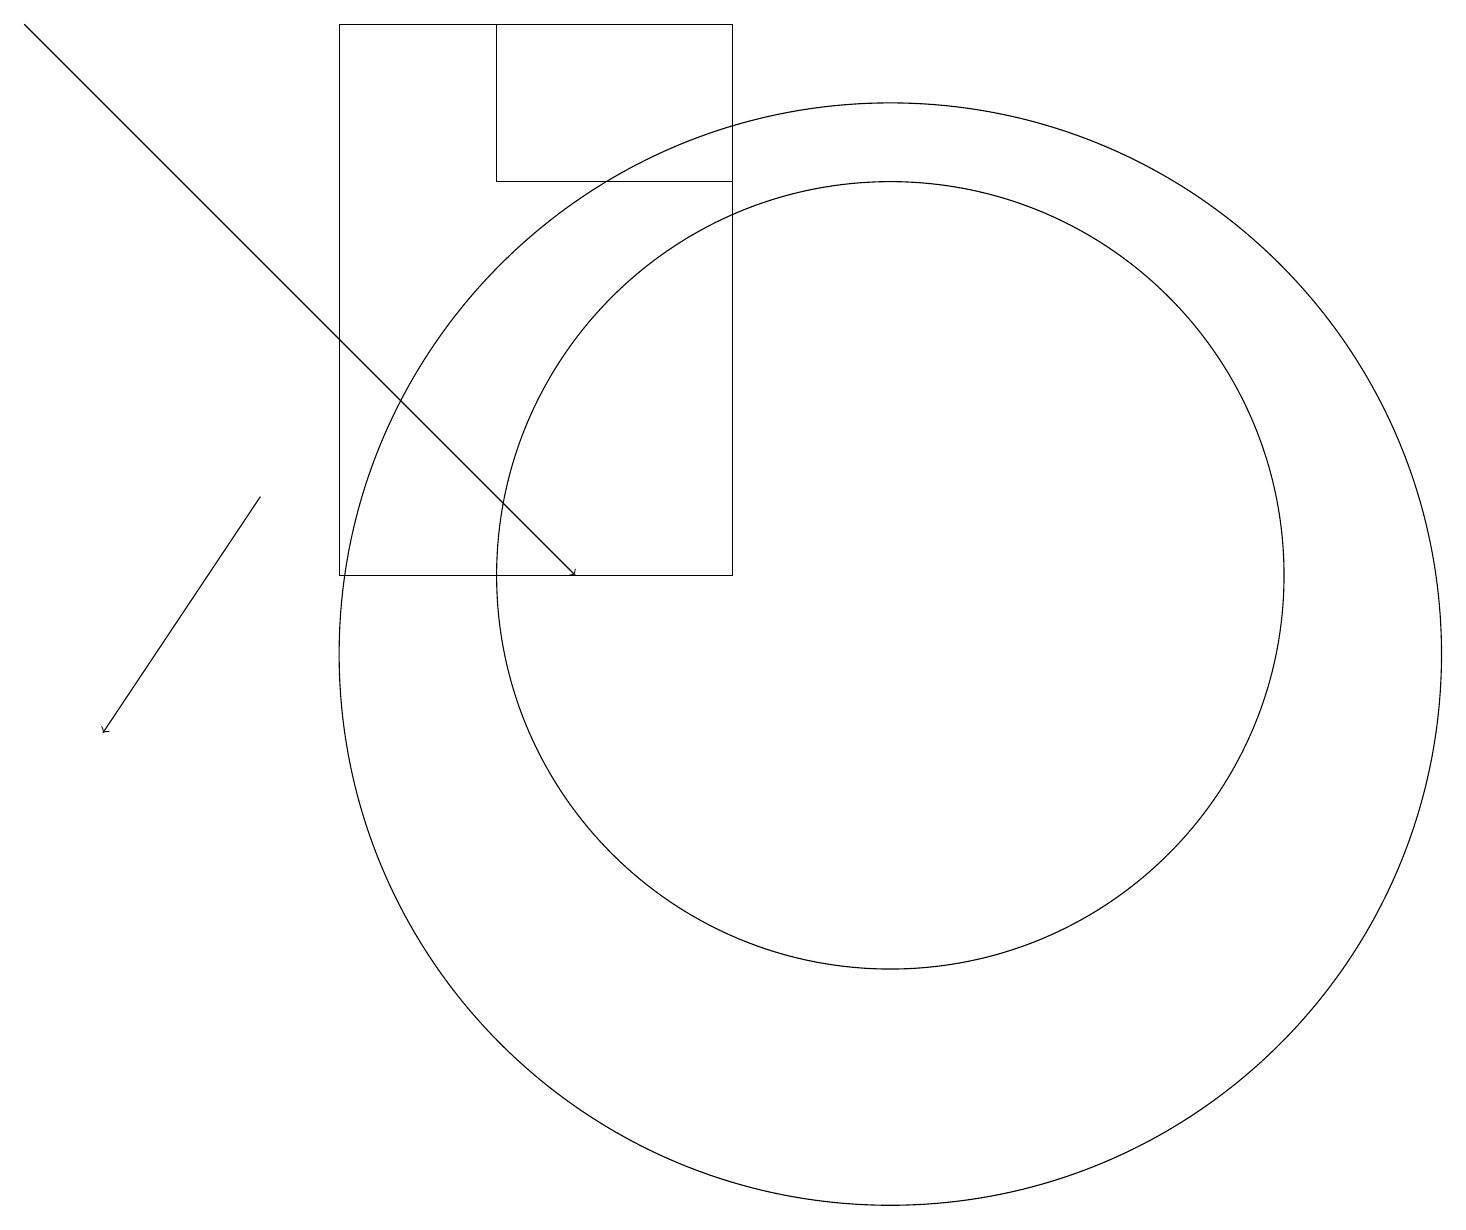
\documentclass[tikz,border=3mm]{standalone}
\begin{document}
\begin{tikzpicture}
\draw[->] (0,19) -- (7,12);
\draw (4,19) rectangle (9,12);
\draw (11,11) circle (7);
\draw (11,12) circle (5);
\draw[->] (3,13) -- (1,10);
\draw (9,19) rectangle (6,17);
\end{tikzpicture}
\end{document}